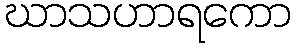
ဃာသဟာရကော